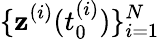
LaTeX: \{ \mathbf{z}^{(i)}(t_{0}^{(i)})\} _{i=1}^{N}